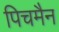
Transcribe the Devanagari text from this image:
पिचमैन